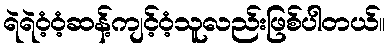
ရဲရဲဝံ့ဝံ့ဆန့်ကျင့်ဝံ့သူလည်းဖြစ်ပါတယ်။